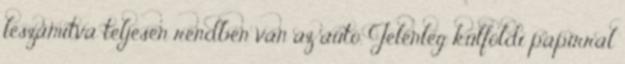
leszámítva teljesen rendben van az autó. Jelenleg külföldi papirral